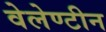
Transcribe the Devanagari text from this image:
वेलेण्टीन